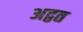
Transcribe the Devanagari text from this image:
अद्वत